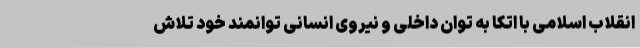
انقلاب اسلامی با اتکا به توان داخلی و نیروی انسانی توانمند خود تلاش